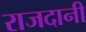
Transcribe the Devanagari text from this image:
राजदानी